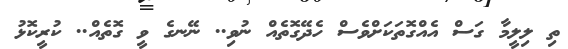
ތި ލިލީމާ ގަސް އެއްގޮތަކަށްވެސް ހެދޭގޮތެއް ނުވި.. ނޭނގެ ވީ ގޮތެއް.. ކުރީކޮޅު